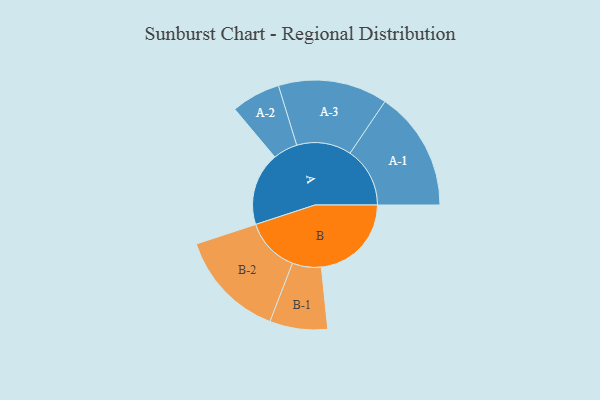
{"axis": {"x": "Segment", "y": "Value"}, "legend": ["", "A", "B"], "data": [{"x": "A", "y": 351, "type": ""}, {"x": "B", "y": 433, "type": ""}, {"x": "A-1", "y": 288, "type": "A"}, {"x": "A-2", "y": 118, "type": "A"}, {"x": "A-3", "y": 263, "type": "A"}, {"x": "B-1", "y": 139, "type": "B"}, {"x": "B-2", "y": 261, "type": "B"}]}